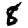
Digit: 8